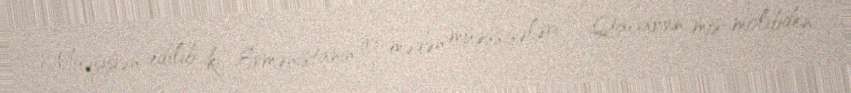
Müəyyən edilib ki, Ermənistanın iri mədən müəssisələri - Qacaran mis-molibden